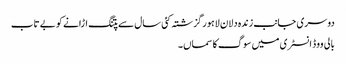
دوسری جانب زندہ دلان لاہور گزشتہ کئی سال سے پتنگ اڑانے کو بے تاب
بالی ووڈ انسٹری میں سوگ کا سماں ۔